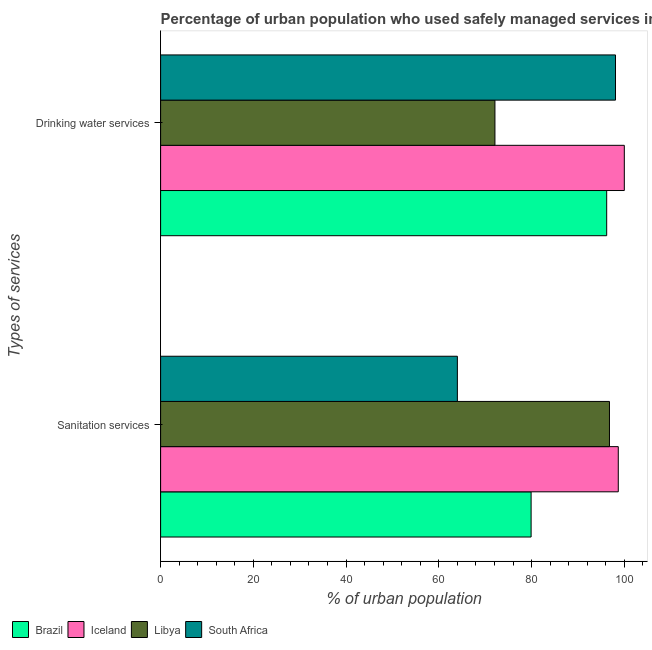
| Types of services | Brazil | Iceland | Libya | South Africa |
 | --- | --- | --- | --- | --- |
 | Sanitation services | 79.9 | 98.7 | 96.8 | 64 |
 | Drinking water services | 96.2 | 100 | 72.1 | 98.1 |